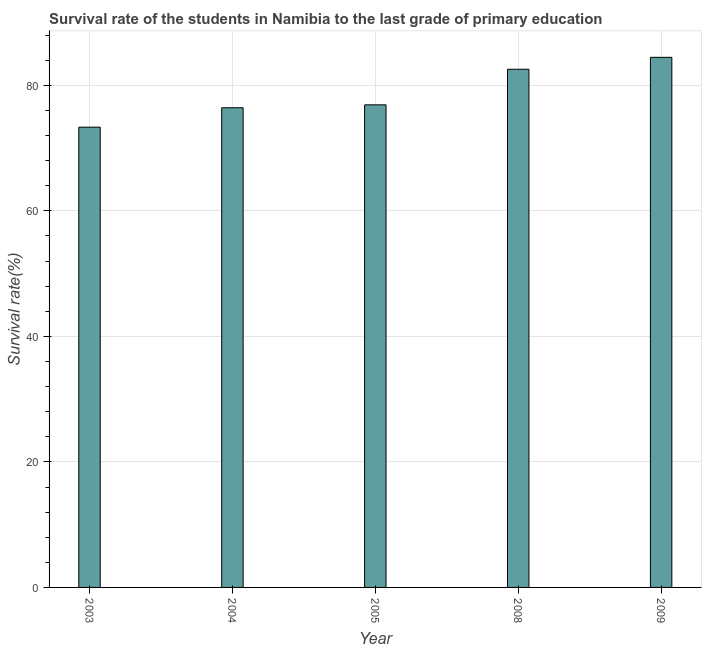
| Year | Primary Education |
 | --- | --- |
 | 2003 | 73.3 |
 | 2004 | 76.4 |
 | 2005 | 76.9 |
 | 2008 | 82.6 |
 | 2009 | 84.5 |